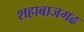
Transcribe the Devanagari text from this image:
शहाबाजगढ